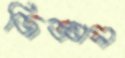
জিজ্ঞাস